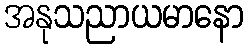
အနုသညာယမာနော